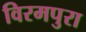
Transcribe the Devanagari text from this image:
विरमपुरा